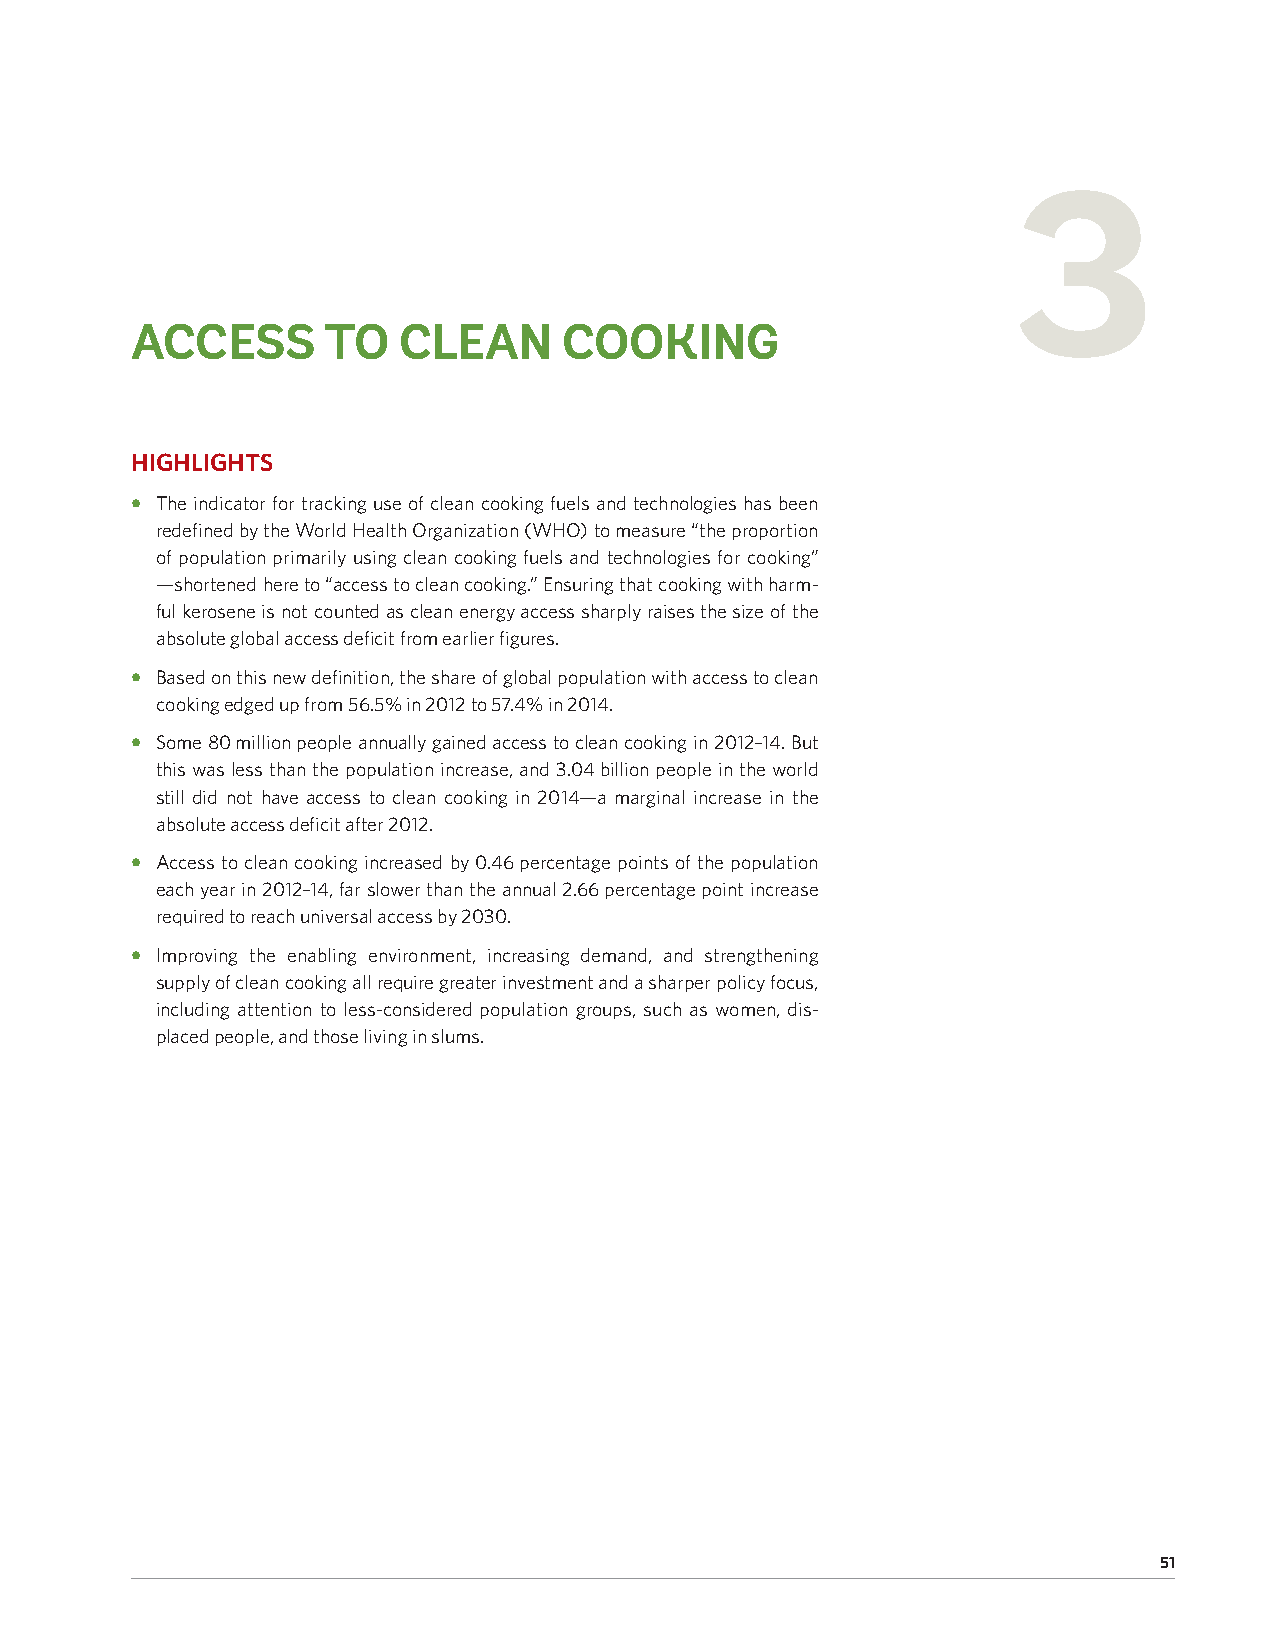
3
 ACCESS      TO   CLEAN      COOKING
 HIGHLIGHTS
 • The indicator for tracking use of clean cooking fuels and technologies has been
 redefined by the World Health Organization (WHO) to measure “the proportion
 of population primarily using clean cooking fuels and technologies for cooking”
 — shortened here to “access to clean cooking.” Ensuring that cooking with harm-
 ful kerosene is not counted as clean energy access sharply raises the size of the
 absolute global access deficit from earlier figures.
 • Based on this new definition, the share of global population with access to clean
 cooking edged up from 56.5% in 2012 to 57.4% in 2014.
 • Some 80 million people annually gained access to clean cooking in 2012–14. But
 this was less than the population increase, and 3.04 billion people in the world
 still did not have access to clean cooking in 2014 — a marginal increase in the
 absolute access deficit after 2012.
 • Access to clean cooking increased by 0.46 percentage points of the population
 each year in 2012–14, far slower than the annual 2.66 percentage point increase
 required to reach universal access by 2030.
 • Improving the enabling environment, increasing demand, and strengthening
 supply of clean cooking all require greater investment and a sharper policy focus,
 including attention to less-considered population groups, such as women, dis-
 placed people, and those living in slums.
 51